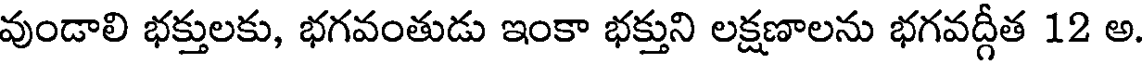
వుండాలి భక్తులకు, భగవంతుడు ఇంకా భక్తుని లక్షణాలను భగవద్గీత 12 అ